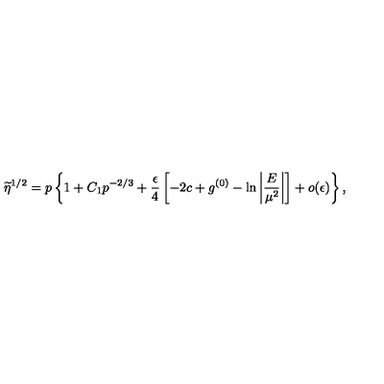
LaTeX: \widetilde { \eta } ^ { 1 / 2 } = p \left\{ 1 + C _ { 1 } p ^ { - 2 / 3 } + \frac { \epsilon } { 4 } \left[ - 2 c + g ^ { ( 0 ) } - \ln \left| \frac { E } { \mu ^ { 2 } } \right| \right] + o ( \epsilon ) \right\} ,